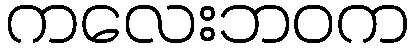
ကလေးဘဝက